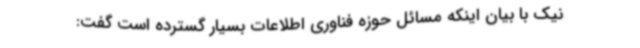
نیک با بیان اینکه مسائل حوزه فناوری اطلاعات بسیار گسترده است گفت: